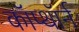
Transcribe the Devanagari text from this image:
कॉप्थॉर्न